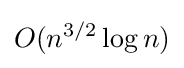
O(n^{3/2}\log n)